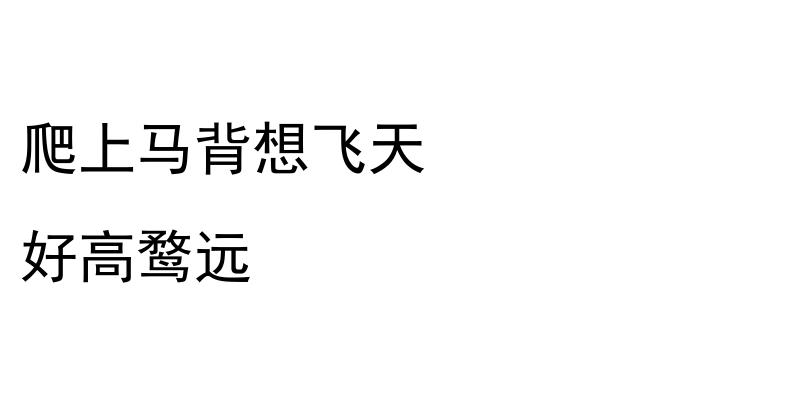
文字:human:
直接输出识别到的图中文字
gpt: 爬上马背想飞天 好高鹜远